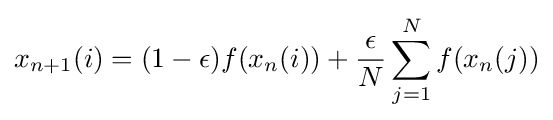
{\displaystyle x_{n+1}(i)=(1-\epsilon )f(x_{n}(i))+{\frac {\epsilon }{N}}\sum _{j=1}^{N}f(x_{n}(j))}